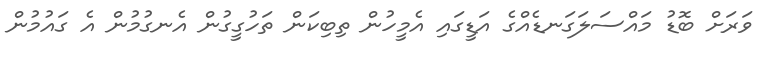
ވަރަށް ބޮޑު މައްސަލަގަނޑެއްގެ އަޑީގައި އެމީހުން ތިބިކަން ތަހުގީގުން އެނގުމުން އެ ގައުމުން